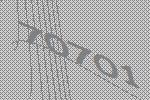
70701